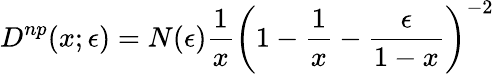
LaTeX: D^{np}(x;\epsilon)=N(\epsilon){\frac{1}{x}}\left(1-{\frac{1}{x}}-{\frac{\epsilon}{1-x}}\right)^{-2}